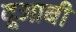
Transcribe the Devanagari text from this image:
दूआबी